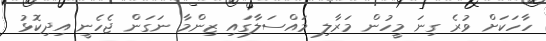
ހާހަކަށް ވުރެ ގިނަ މީހުން މަރާލި މައްސަލާގައި ޒިންމާ ނަގަން ޖެހެނީ އިދިކޮޅު